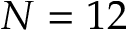
N = 1 2